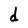
Character: d